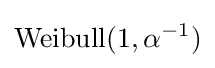
{\text{Weibull}}(1,\alpha ^{-1})